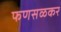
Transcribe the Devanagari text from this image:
फणसळकर